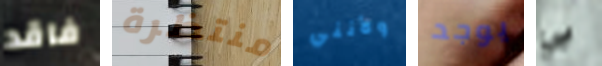
فاقد منتظرة ولأنني يوجد بي